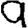
Digit: 9